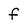
Character: f